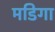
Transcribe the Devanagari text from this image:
मडिगा